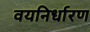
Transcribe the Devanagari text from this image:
वयनिर्धारण